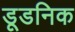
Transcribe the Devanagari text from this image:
डूडनिक